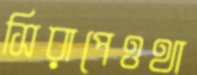
সিরাপেওথা